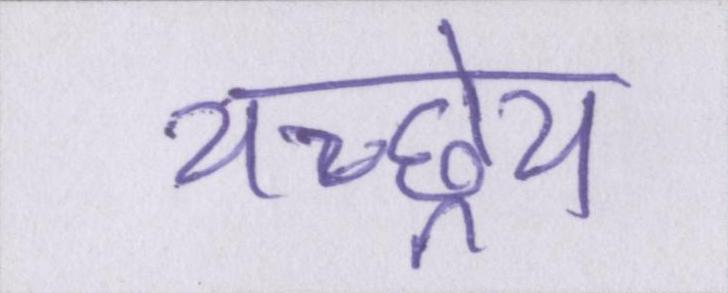
यच्छ्रेय